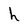
Character: h